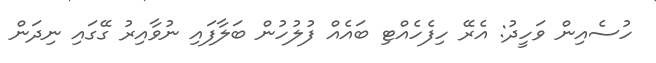
ހުސެއިން ވަހީދު: އެރޭ ހިފެހެއްޓި ބައެއް ފުލުހުން ބަލާފައި ނުވާއިރު ގޭގައި ނިދަން